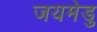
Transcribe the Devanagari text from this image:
जयमेडु